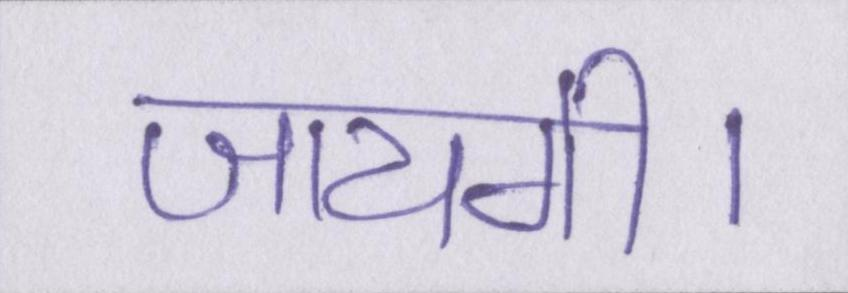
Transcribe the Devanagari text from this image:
जायगी।